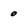
Character: 0